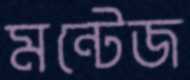
মন্টেজ